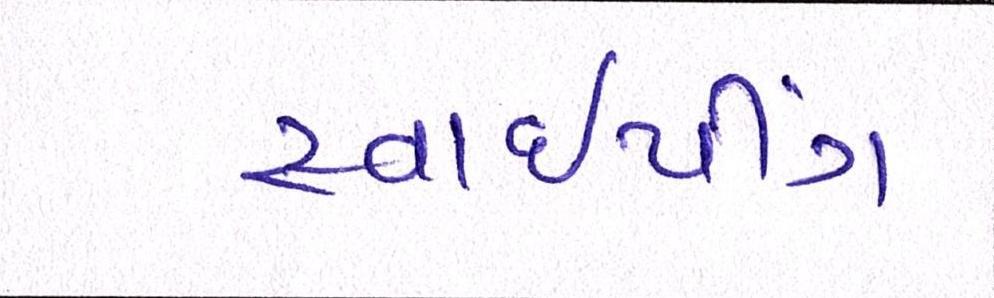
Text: સ્વાઈપીંગ